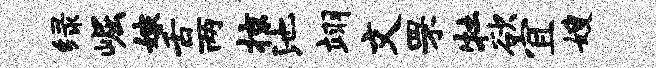
绿崛嫁舌两掠池翊文罘牡欲宜嫂